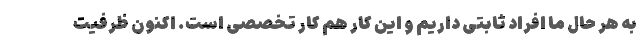
به هر حال ما افراد ثابتی داریم و این کار هم کار تخصصی است. اکنون ظرفیت